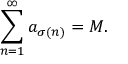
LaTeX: \sum _ { n = 1 } ^ { \infty } a _ { \sigma ( n ) } = M .